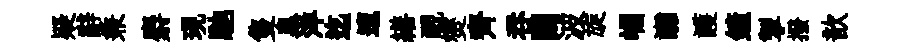
疑辭兼麝現馳隻臯洋迄邅繕覼爕齊呑闕波旋崛讟護鏟掣撥歆